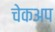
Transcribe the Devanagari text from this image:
चेकअप